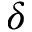
\delta